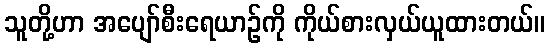
သူတို့ဟာ အပျော်စီးရေယာဉ်ကို ကိုယ်စားလှယ်ယူထားတယ်။